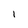
Character: l